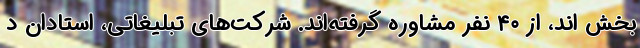
بخش اند، از ۴۰ نفر مشاوره گرفته‌اند. شرکت‌های تبلیغاتی، استادان د